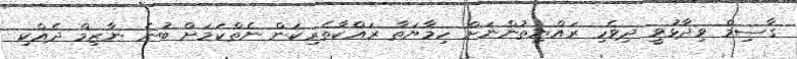
ގާސިމް ވިދާޅުވީ ދިވެހި ރައްޔިތުންނަށް ހިމާޔަތާ ރައްކާތެރިކަން ނެތްކަމަށް ބުނެ ނާޒިމް ދެއްކި